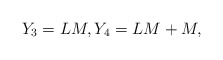
\begin{align*}Y_3= LM, Y_4=LM+M,\end{align*}